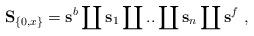
LaTeX: \begin{align*}\mathbf{S}_{\left\{ 0,x\right\} }=\mathbf{s}^{b}\coprod\mathbf{s}_{1}\coprod..\coprod\mathbf{s}_{n}\coprod\mathbf{s}^{f}\ , \end{align*}